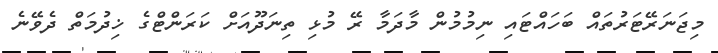
މިޖަނަރޭޓަރުތައް ބަހައްޓައި ނިމުމުން މާދަމާ ރޭ މުޅި ތިނަދޫއަށް ކަރަންޓްގެ ޚިދުމަތް ދެވޭނެ